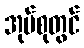
အုပ်စုတွင်